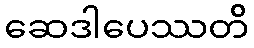
ဆေဒါပေဿတိ